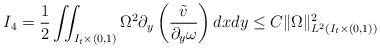
LaTeX: \begin{align*} I_4 &= \frac12 \iint_{I_t\times(0,1)} \Omega^2 \partial_{y} \left( \frac{ \tilde v }{ \partial_{y}\omega } \right) dx dy \le C \Vert \Omega\Vert_{L^2(I_t\times(0,1))}^2 \end{align*}